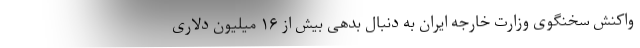
واکنش سخنگوی وزارت خارجه ایران به دنبال بدهی بیش از ۱۶ میلیون دلاری